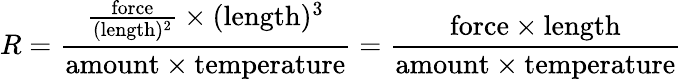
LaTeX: R={\frac{{\frac{\mathrm{force}}{(\mathrm{length})^{2}}}\times(\mathrm{length})^{3}}{\mathrm{amount}\times\mathrm{temperature}}}={\frac{\mathrm{force}\times\mathrm{length}}{\mathrm{amount}\times\mathrm{temperature}}}